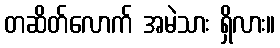
တဆိတ်လောက် အမဲသား ရှိလား။